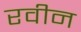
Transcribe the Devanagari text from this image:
रवीन